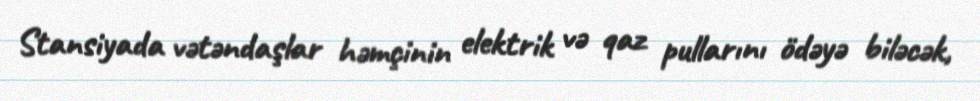
Stansiyada vətəndaşlar həmçinin elektrik və qaz pullarını ödəyə biləcək,